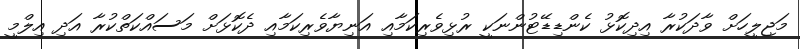
މަޖިލީހަށް ވާދަކުރާ އިދިކޮޅު ކެންޑިޑޭޓުންނަކީ ރުޅިވެރިކަމާއި އަނިޔާވެރިކަމާއި ދެކޮޅަށް މަސައްކަތްކުރާ އަދި އިލްމީ